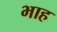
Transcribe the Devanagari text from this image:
भाह